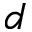
d